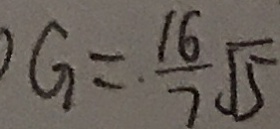
G = \frac { 1 6 } { 7 } \sqrt { 5 }